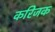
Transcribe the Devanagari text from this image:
करिजक